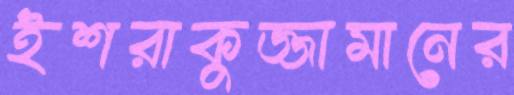
ইশরাকুজ্জামানের